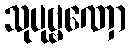
သုပုဗ္ဗဏှော